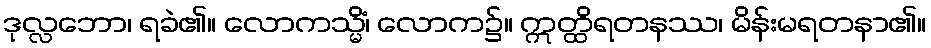
ဒုလ္လဘော၊ ရခဲ၏။ လောကသ္မိံ၊ လောက၌။ ဣတ္ထိရတနဿ၊ မိန်းမရတနာ၏။